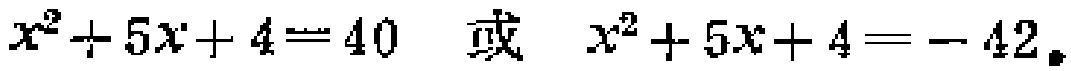
$x^{2}+5x + 4 = 40\ 或\ x^{2}+5x + 4 = - 42$